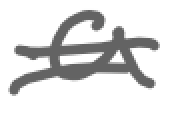
Text: a
Cross-out: wave
Writing tool: digital_gray